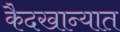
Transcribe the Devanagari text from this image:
कैदखान्यात